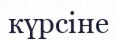
күрсіне